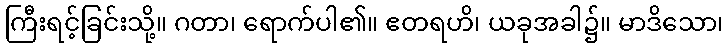
ကြီးရင့်ခြင်းသို့။ ဂတာ၊ ရောက်ပါ၏။ ဧတရဟိ၊ ယခုအခါ၌။ မာဒိသော၊